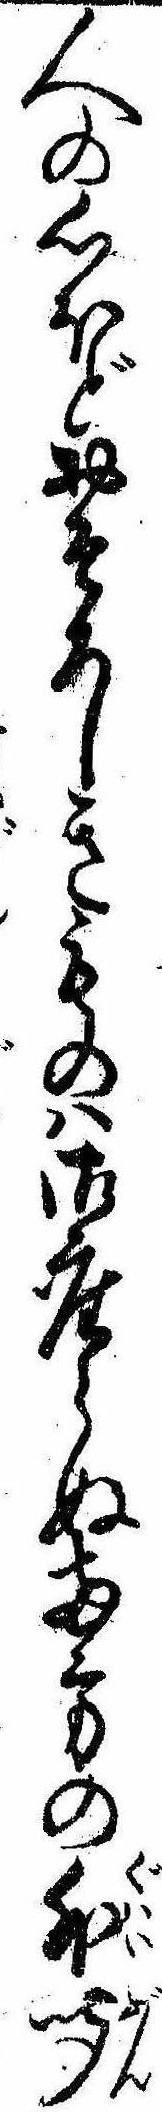
人の心ほどおそろしきものは御座らぬ両方の外聞